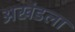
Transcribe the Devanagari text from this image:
अखंडला